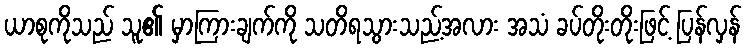
ယာစုကိုသည် သူ၏ မှာကြားချက်ကို သတိရသွားသည့်အလား အသံ ခပ်တိုးတိုးဖြင့် ပြန်လှန်